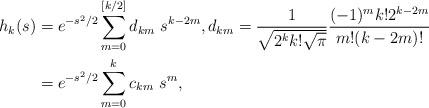
LaTeX: \begin{align*}h_k (s) & = e^{-s^2/2} \sum_{m=0}^{[k/2]} d_{km} \ s^{k-2m}, d_{km}= \frac{1}{\sqrt{2^k k!\sqrt{\pi} }} \frac{(-1)^m k! 2^{k-2m} }{m!(k-2m)!} \\& = e^{-s^2/2} \sum_{m=0}^{k} c_{km} \ s^{m},\end{align*}